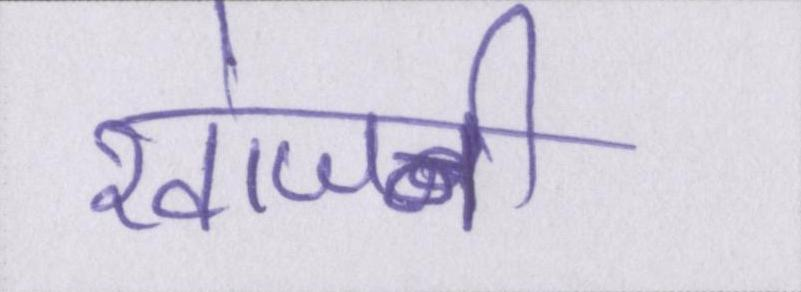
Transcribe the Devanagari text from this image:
खोजनी